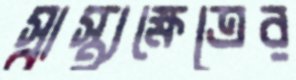
স্বাস্থ্যক্ষেত্রের